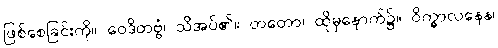
ဖြစ်စေခြင်းကို။ ဝေဒိတဗ္ဗံ၊ သိအပ်၏။ တတော၊ ထိုမှနောက်၌။ ဝိက္ခာလနေန၊